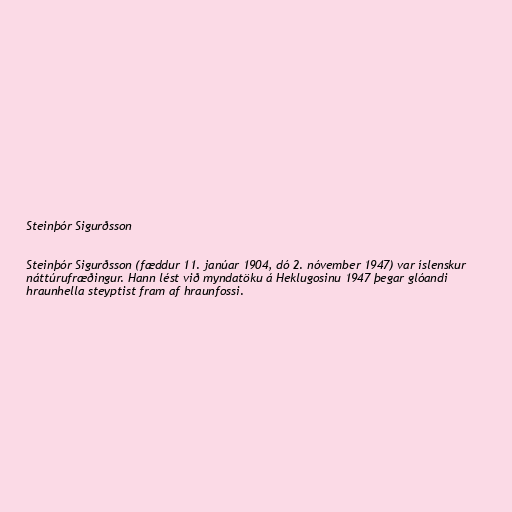
Steinþór Sigurðsson

Steinþór Sigurðsson (fæddur 11. janúar 1904, dó 2. nóvember 1947) var íslenskur
náttúrufræðingur. Hann lést við myndatöku á Heklugosinu 1947 þegar glóandi
hraunhella steyptist fram af hraunfossi.